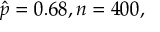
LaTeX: { \hat { p } } = 0 . 6 8 , n = 4 0 0 ,